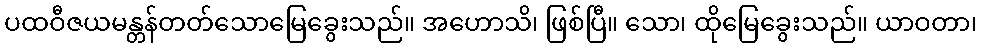
ပထဝီဇယမန္တန်တတ်သောမြေခွေးသည်။ အဟောသိ၊ ဖြစ်ပြီ။ သော၊ ထိုမြေခွေးသည်။ ယာဝတာ၊